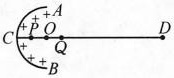
P点的电势为Up，试求Q点的电势Uρ。